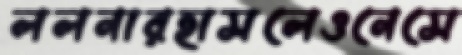
ললনারহাসলেওনেসে